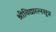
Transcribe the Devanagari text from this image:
श्रीविद्यारत्नसूत्र